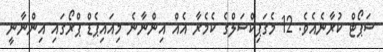
ސަޕޯޓް ކުރާނެއެވެ. 12 މެގަޕިކްސަލްގެ ކެމެރާ އެއް އިންނާނެ މިއައިޕެޑް ޕްރޯގައި އިންނާނީ